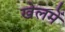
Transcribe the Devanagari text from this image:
खेलमें